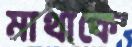
মাথাকে